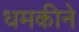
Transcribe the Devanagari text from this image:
धमकीने